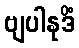
ဗျပါနုဒိံ